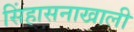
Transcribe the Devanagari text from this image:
सिंहासनाखाली